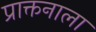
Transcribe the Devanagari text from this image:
प्राक्तनाला